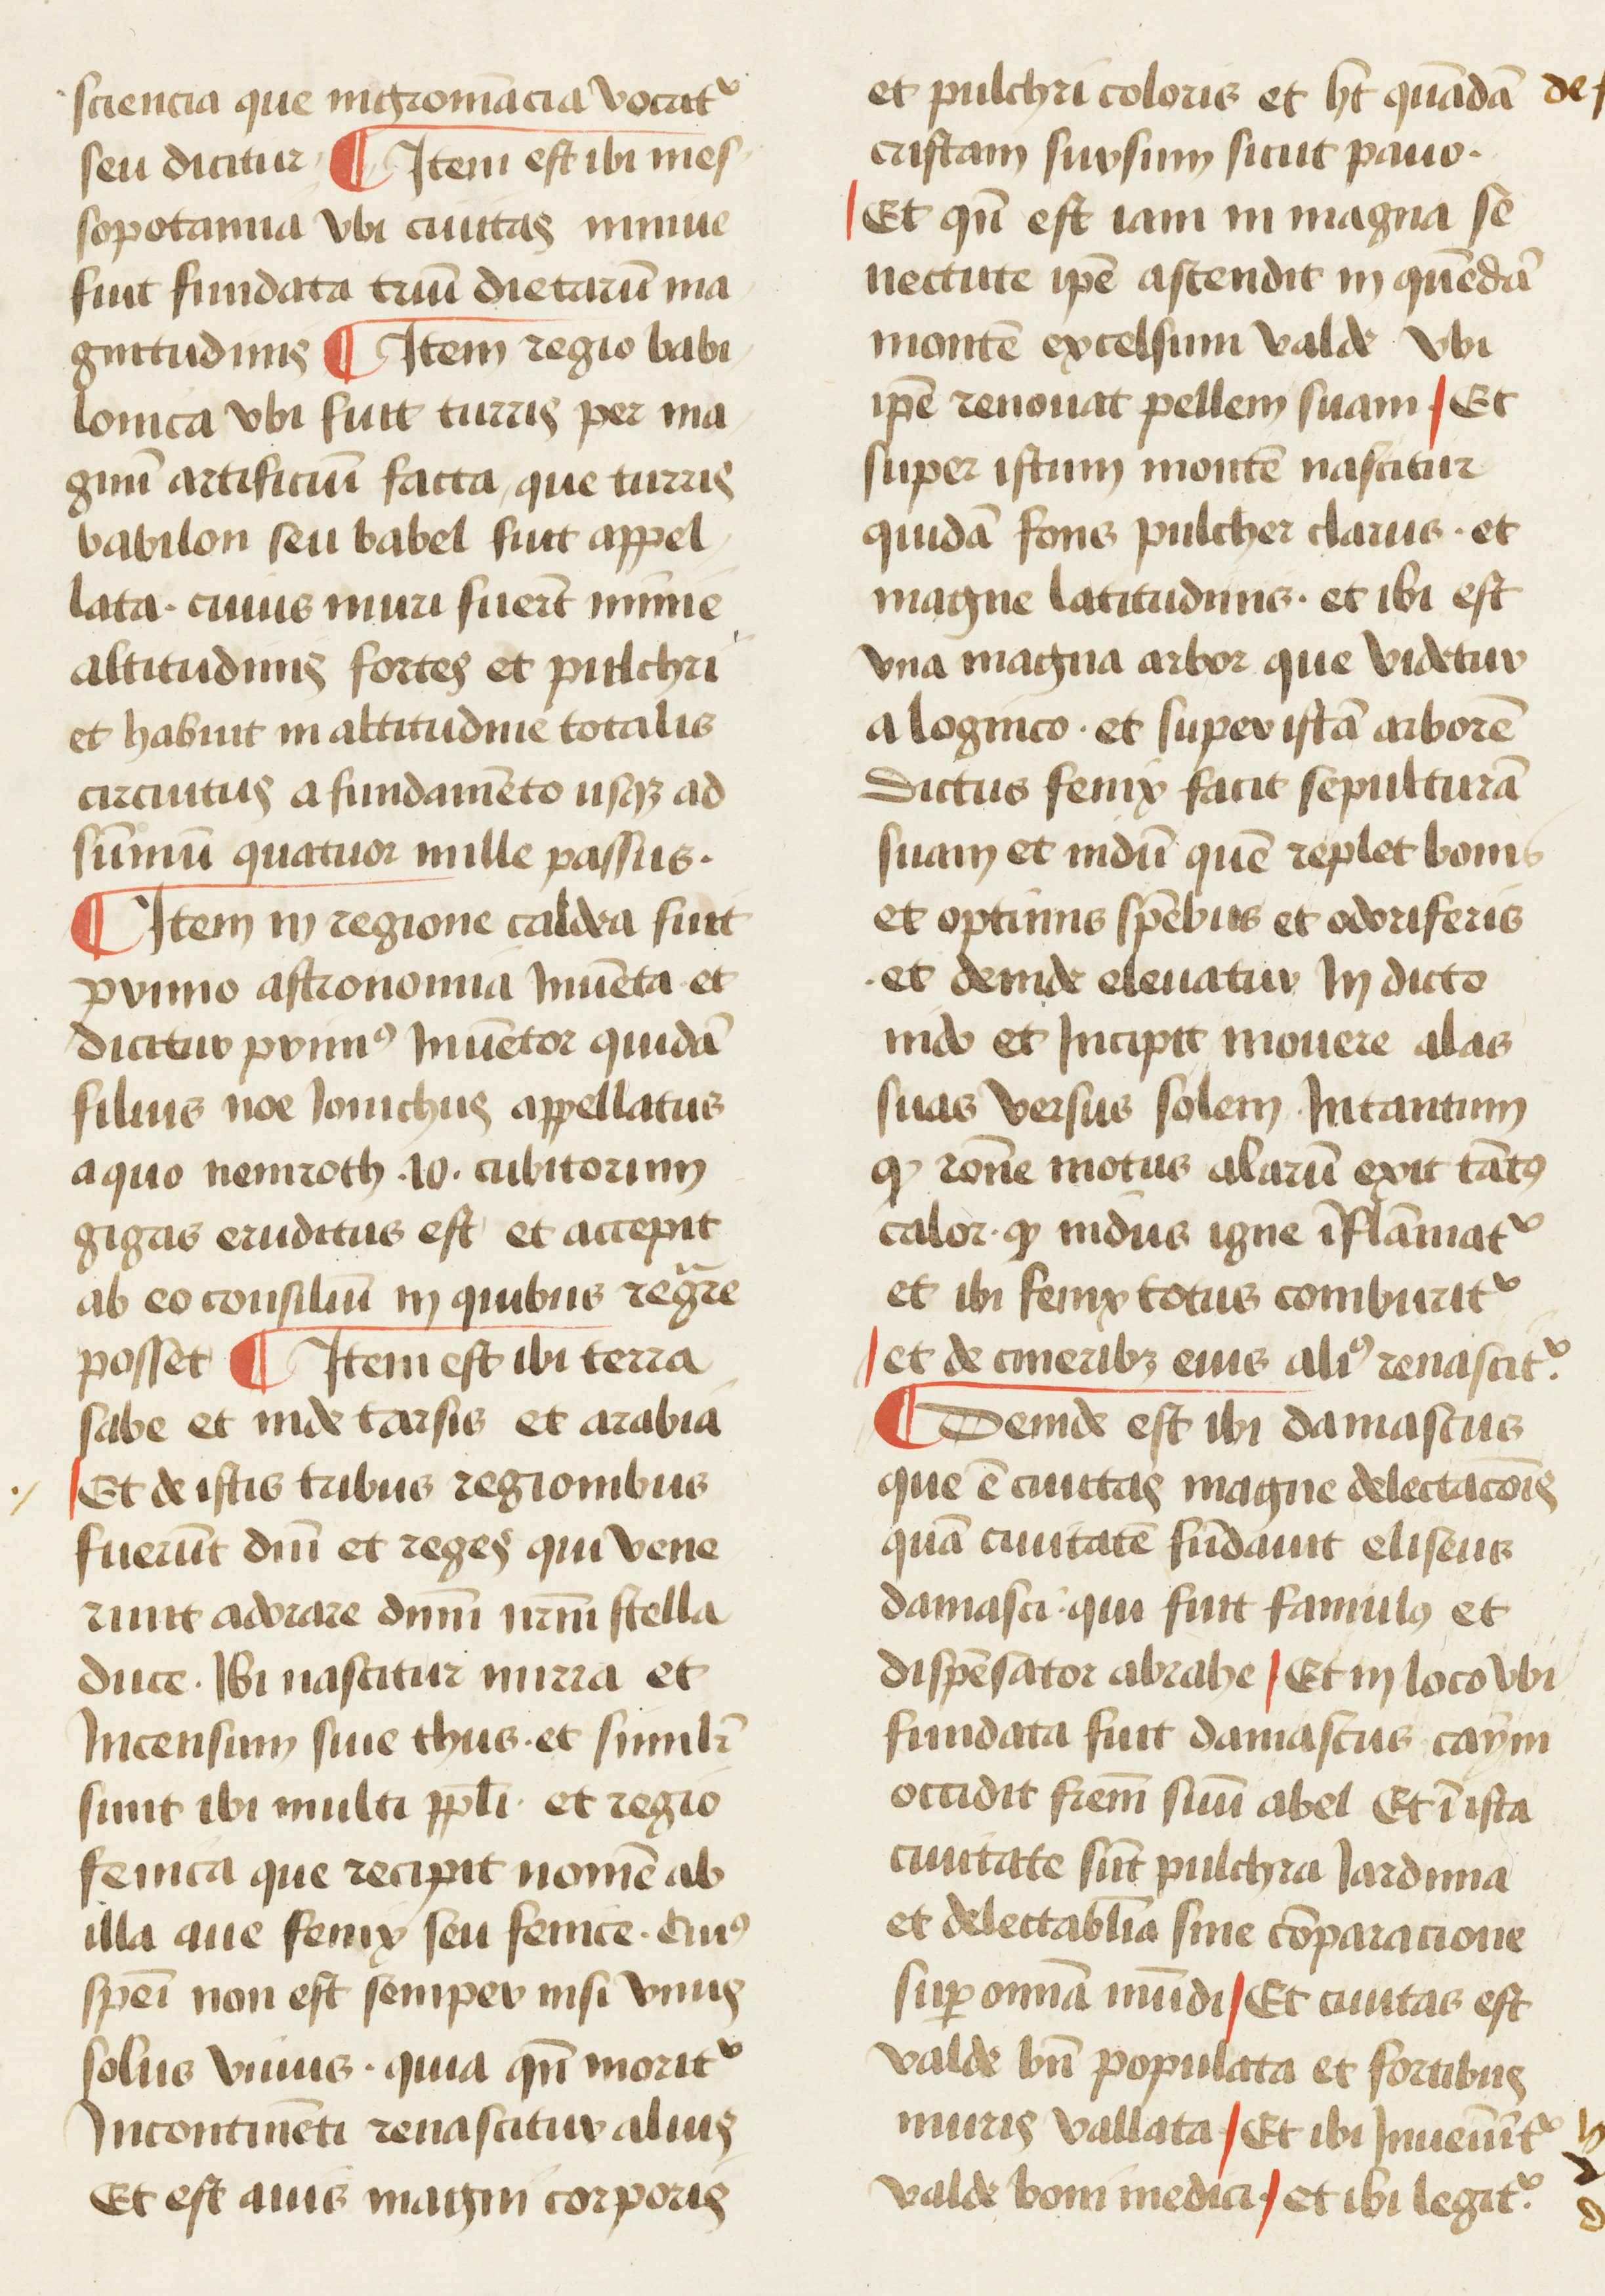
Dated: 1450–1474